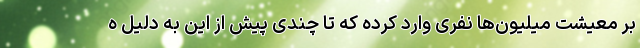
بر معیشت میلیون‌ها نفری وارد کرده که تا چندی پیش از این به دلیل ه